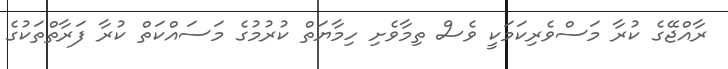
ރާއްޖޭގެ ކުރާ މަސްވެރިކަމަކީ ވެސް ތިމާވެށި ހިމާޔަތް ކުރުމުގެ މަސައްކަތް ކުރާ ފަރާތްތަކުގެ